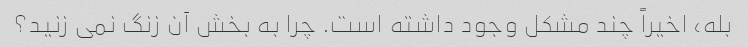
بله، اخیراً چند مشکل وجود داشته است. چرا به بخش آن زنگ نمی زنید؟